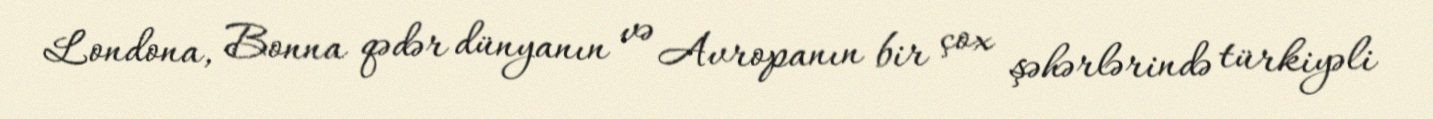
Londona, Bonna qədər dünyanın və Avropanın bir çox şəhərlərində türkiyəli